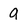
Character: q